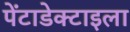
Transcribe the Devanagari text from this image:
पेंटाडेक्टाइला